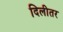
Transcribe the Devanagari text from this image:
दिलीतर